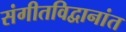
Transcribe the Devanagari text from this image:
संगीतविद्वानांत